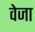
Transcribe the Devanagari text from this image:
वेजा